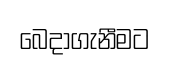
බෙදාගැනීමට